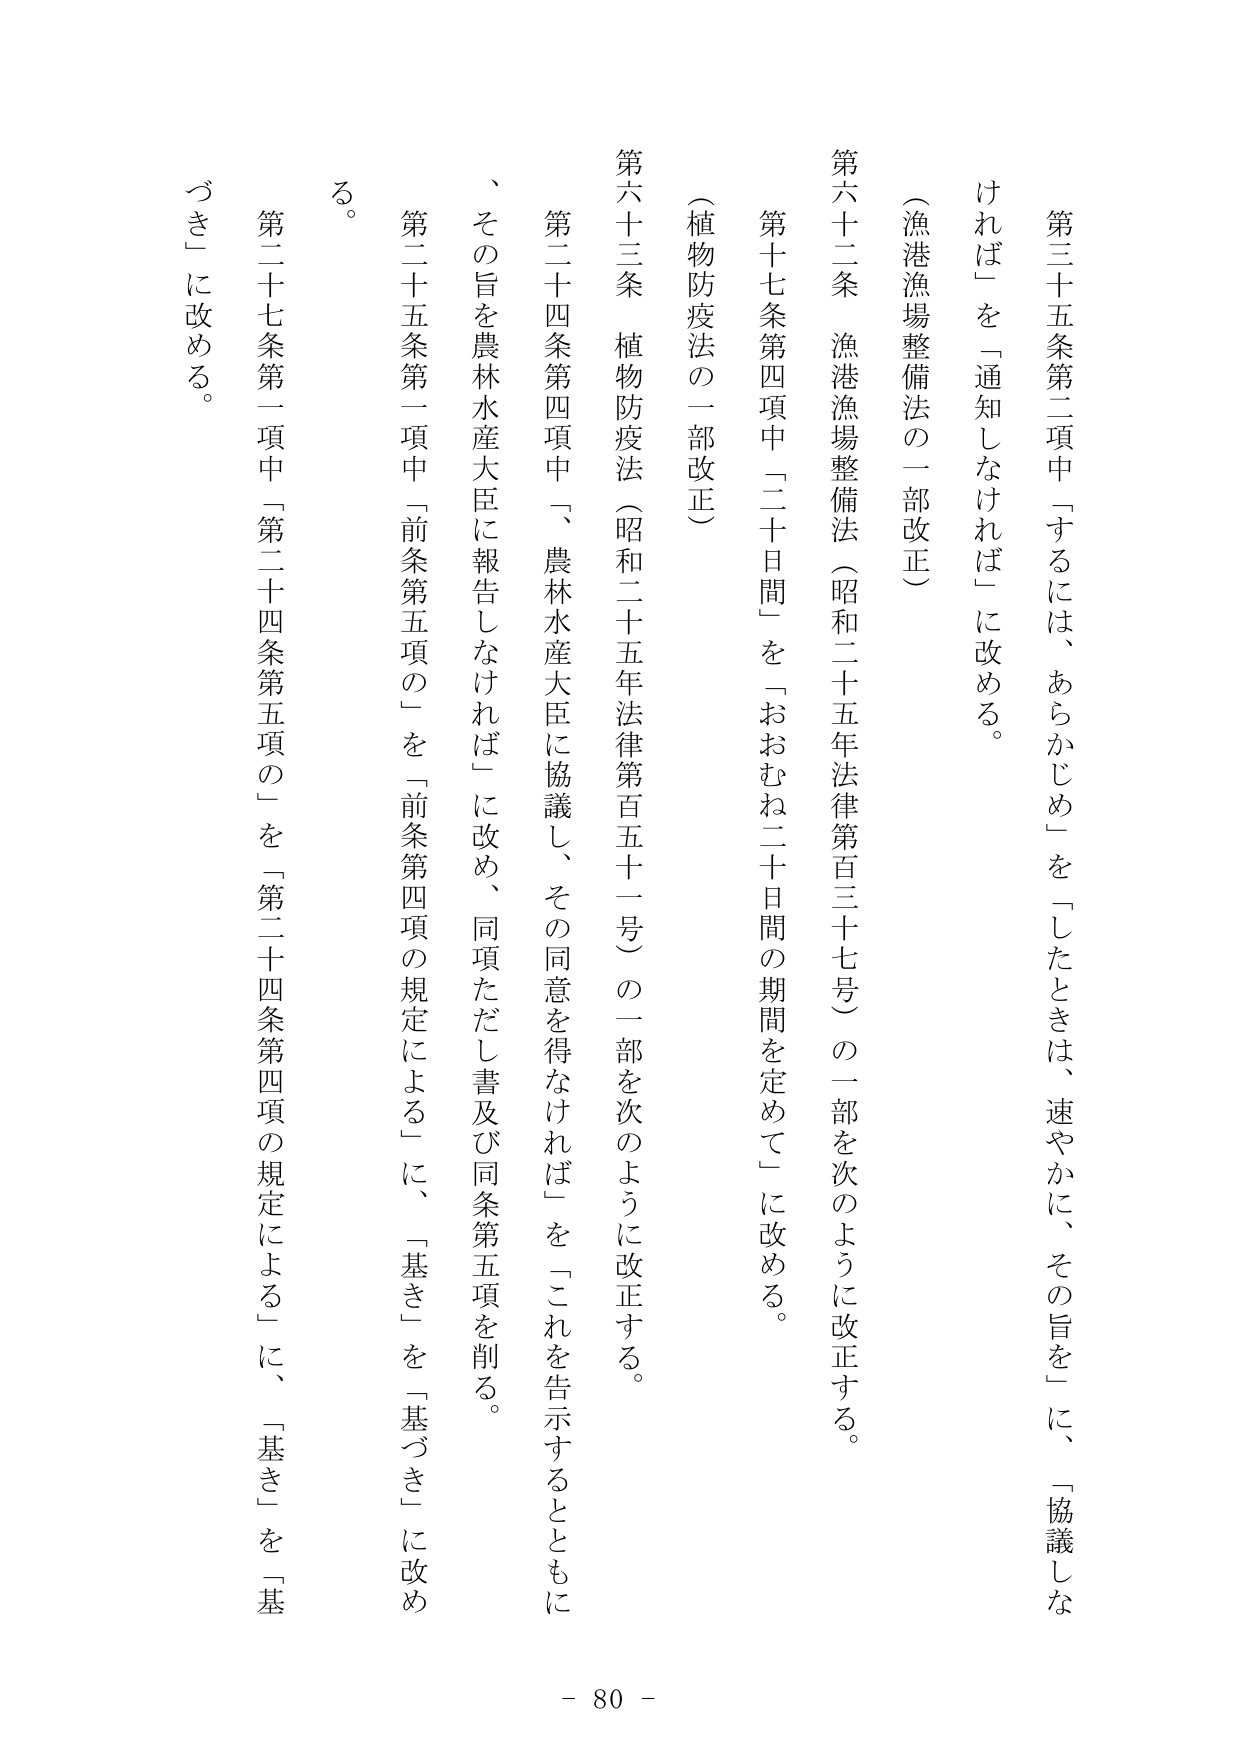
第三十五条第二項中「するには、あらかじめ」を「したときは、速やかに、その旨を」に、「協議しなければ」を「通知しなければ」に改める。

（漁港漁場整備法の一部改正）

第六十二条　漁港漁場整備法（昭和二十五年法律第百三十七号）の一部を次のように改正する。

第十七条第四項中「二十日間」を「おおむね二十日間の期間を定めて」に改める。

（植物防疫法の一部改正）

第六十三条　植物防疫法（昭和二十五年法律第百五十一号）の一部を次のように改正する。

第二十四条第四項中「、農林水産大臣に協議し、その同意を得なければ」を「これを告示するとともに、その旨を農林水産大臣に報告しなければ」に改め、同項ただし書及び同条第五項を削る。

第二十五条第一項中「前条第五項の」を「前条第四項の規定による」に、「基き」を「基づき」に改める。

第二十七条第一項中「第二十四条第五項の」を「第二十四条第四項の規定による」に、「基き」を「基づき」に改める。

- 80 -